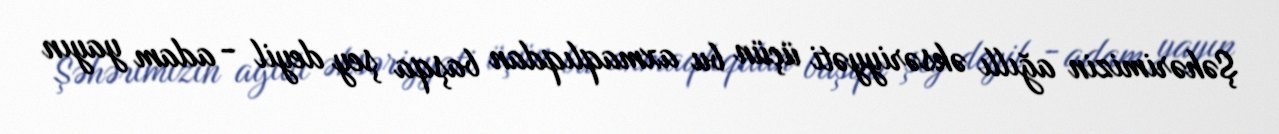
Şəhərimizin ağıllı əksəriyyəti üçün bu axmaqlıqdan başqa şey deyil - adam yayın